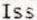
ISS